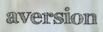
aversion